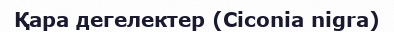
Қара дегелектер (Ciconia nigra)